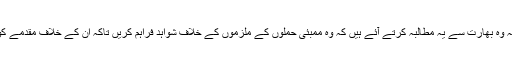
تاہم پاکستانی حکام کا کہنا ہے کہ وہ بھارت سے یہ مطالبہ کرتے آئے ہیں کہ وہ ممبئی حملوں کے ملزموں کے خلاف شواہد فراہم کریں تاکہ ان کے خلاف مقدمے کو موثر انداز میں چلایا جا سکے۔